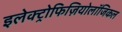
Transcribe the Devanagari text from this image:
इलेक्ट्रोफिज़ियोलॉजिकल